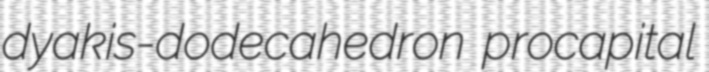
dyakis-dodecahedron procapital